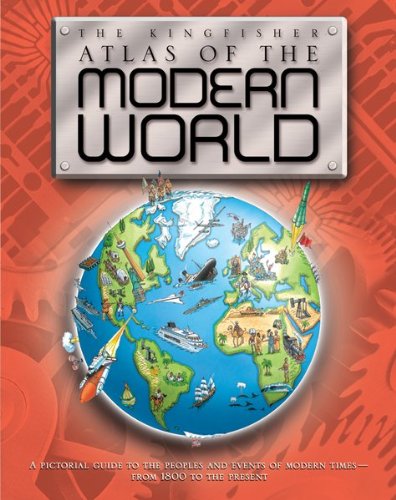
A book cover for The Kingfisher Atlas of the Modern World; Simon Adams; Children's Books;